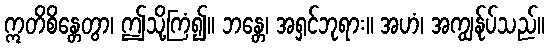
ဣတိစိန္တေတွာ၊ ဤသို့ကြံ၍။ ဘန္တေ၊ အရှင်ဘုရား။ အဟံ၊ အကျွန်ုပ်သည်။